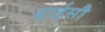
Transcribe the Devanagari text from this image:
ढाईसौ